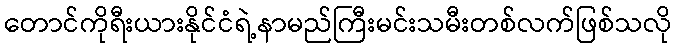
တောင်ကိုရီးယားနိုင်ငံရဲ့နာမည်ကြီးမင်းသမီးတစ်လက်ဖြစ်သလို